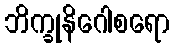
ဘိက္ခုနိဂေါစရော